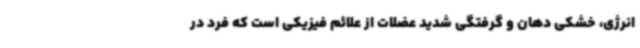
انرژی، خشکی‌ دهان و گرفتگی شدید عضلات از علائم فیزیکی است که فرد در